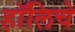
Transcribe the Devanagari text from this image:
हॉलिचे